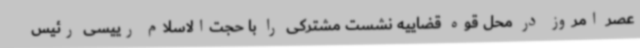
عصر امروز در محل قوه قضاییه نشست مشترکی را با حجت‌الاسلام رییسی رئیس